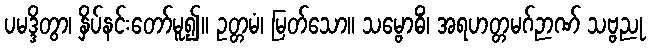
ပမဒ္ဒိတွာ၊ နှိပ်နင်းတော်မူ၍။ ဥတ္တမံ၊ မြတ်သော။ သမ္ဗောဓိံ၊ အရဟတ္တမဂ်ဉာဏ် သဗ္ဗညု